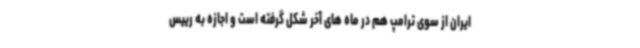
ایران از سوی ترامپ هم در ماه های آخر شکل گرفته است و اجازه به رییس